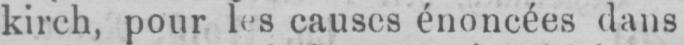
kirch, pour les causes énoncées dans